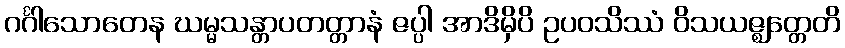
ဂင်္ဂါသောတေန ဃမ္မသန္တာပတတ္တာနံ ဇပ္ပါ အာဒိမှိပိ ဥပဝသိဿံ ဝိသယဇ္ဈတ္တေတိ